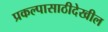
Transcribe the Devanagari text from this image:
प्रकल्पासाठीदेखील